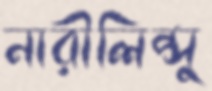
নারীলিপ্সু